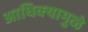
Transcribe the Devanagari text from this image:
आधिक्यामुळे